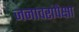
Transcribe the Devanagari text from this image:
जनावरांपेक्षा